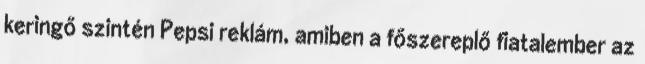
keringő szintén Pepsi reklám, amiben a főszereplő fiatalember az